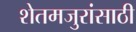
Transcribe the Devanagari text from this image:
शेतमजुरांसाठी